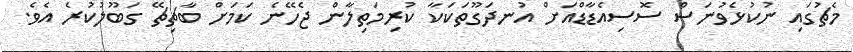
މެޗުގައި ނުކުޅެވުނަސް ސޮސިއެޑާޑްއަށް އުނދަގޫތަކަކާ ކުރިމަތިލާން ޖެހޭނެ ކަަމަށް ބާޗިޗޭ ގަބޫލުކުރެ އެވެ.